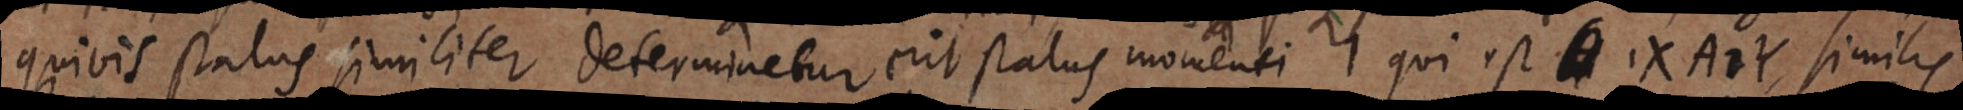
quivis status similiter determinetur erit status momenti qui est 1X A2Y similis